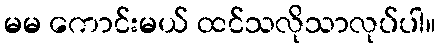
မမ ကောင်းမယ် ထင်သလိုသာလုပ်ပါ။